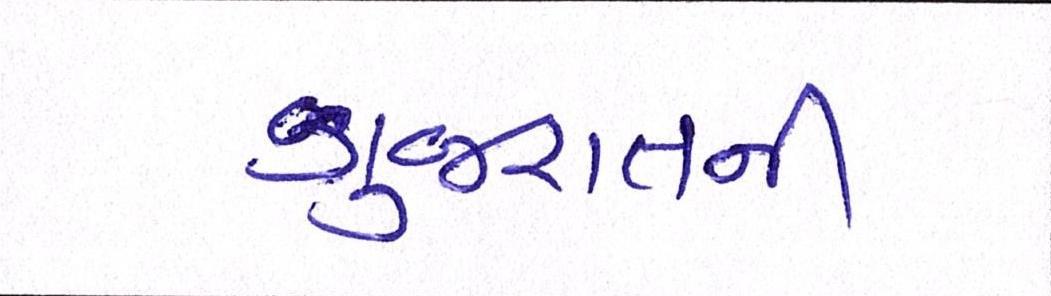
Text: ગુજરાતની